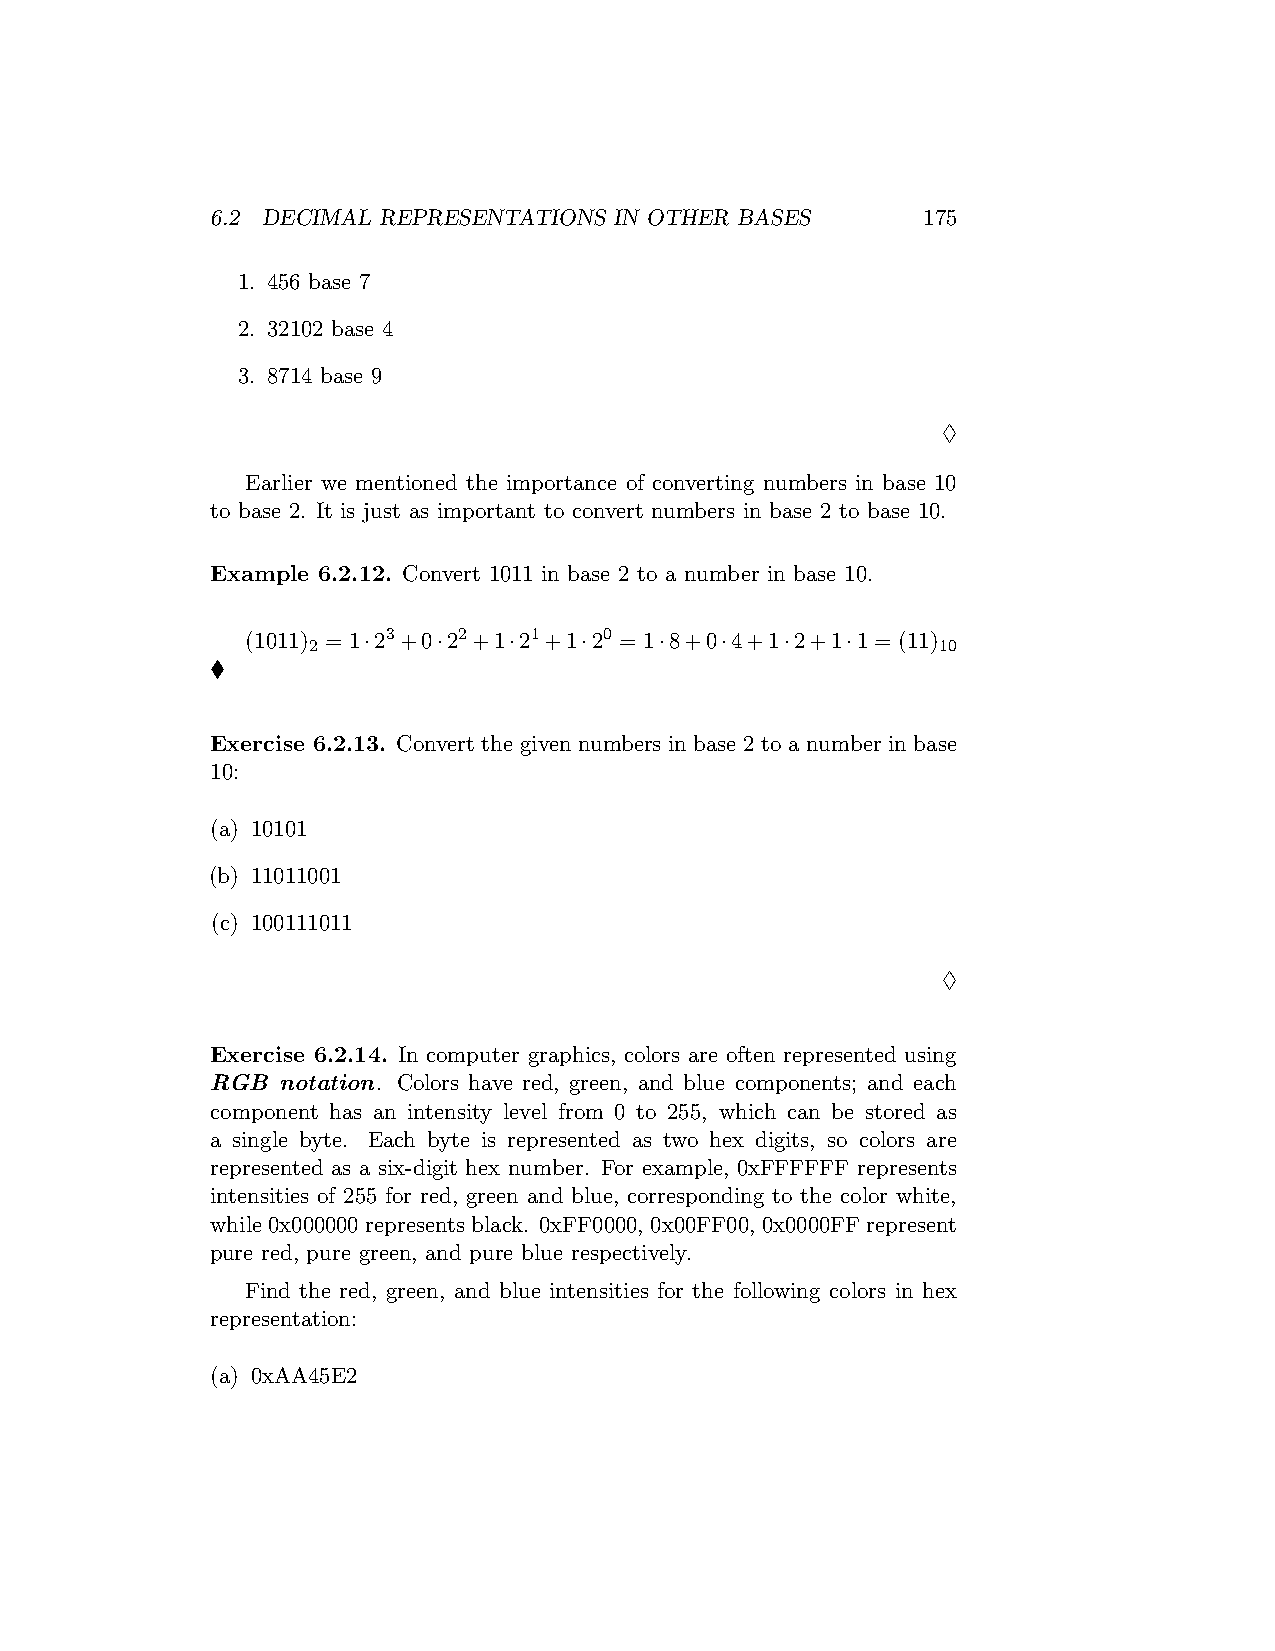
6.2 DECIMAL REPRESENTATIONS IN OTHER BASES     175
 1. 456 base 7
 2. 32102 base 4
 3. 8714 base 9
 ♢
 Earlier we mentioned the importance of converting numbers in base 10
 to base 2. It is just as important to convert numbers in base 2 to base 10.
 Example 6.2.12. Convert 1011 in base 2 to a number in base 10.
 (1011) = 1·23+0·22+1·21+1·20 = 1·8+0·4+1·2+1·1 = (11)
 2                                         10
 ♦
 Exercise 6.2.13. Convert the given numbers in base 2 to a number in base
 10:
 (a) 10101
 (b) 11011001
 (c) 100111011
 ♢
 Exercise 6.2.14. In computer graphics, colors are often represented using
 RGB notation. Colors have red, green, and blue components; and each
 component has an intensity level from 0 to 255, which can be stored as
 a single byte. Each byte is represented as two hex digits, so colors are
 represented as a six-digit hex number. For example, 0xFFFFFF represents
 intensities of 255 for red, green and blue, corresponding to the color white,
 while 0x000000 represents black. 0xFF0000, 0x00FF00, 0x0000FF represent
 pure red, pure green, and pure blue respectively.
 Find the red, green, and blue intensities for the following colors in hex
 representation:
 (a) 0xAA45E2